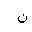
Letter: _non